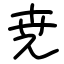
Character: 尭